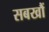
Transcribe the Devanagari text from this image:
सबखौं